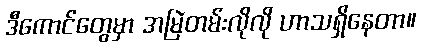
ဒီကောင်တွေမှာ အမြဲတမ်းလိုလို ဟာသရှိနေတာ။